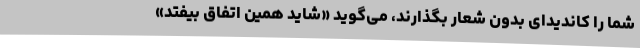
شما را کاندیدای بدون شعار بگذارند، می‌گوید «شاید همین اتفاق بیفتد»